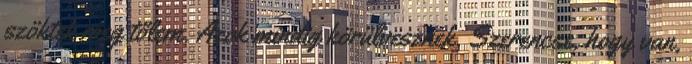
szöktek meg tőlem. Azok mindig körülvesznek. Szerencse, hogy van,